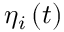
\eta _ { i } \left( t \right)